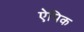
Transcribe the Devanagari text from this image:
ऐपिक